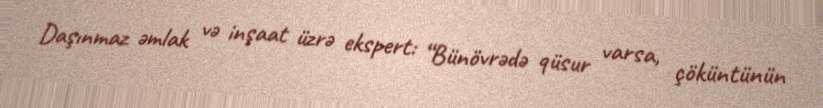
Daşınmaz əmlak və inşaat üzrə ekspert: “Bünövrədə qüsur varsa, çöküntünün